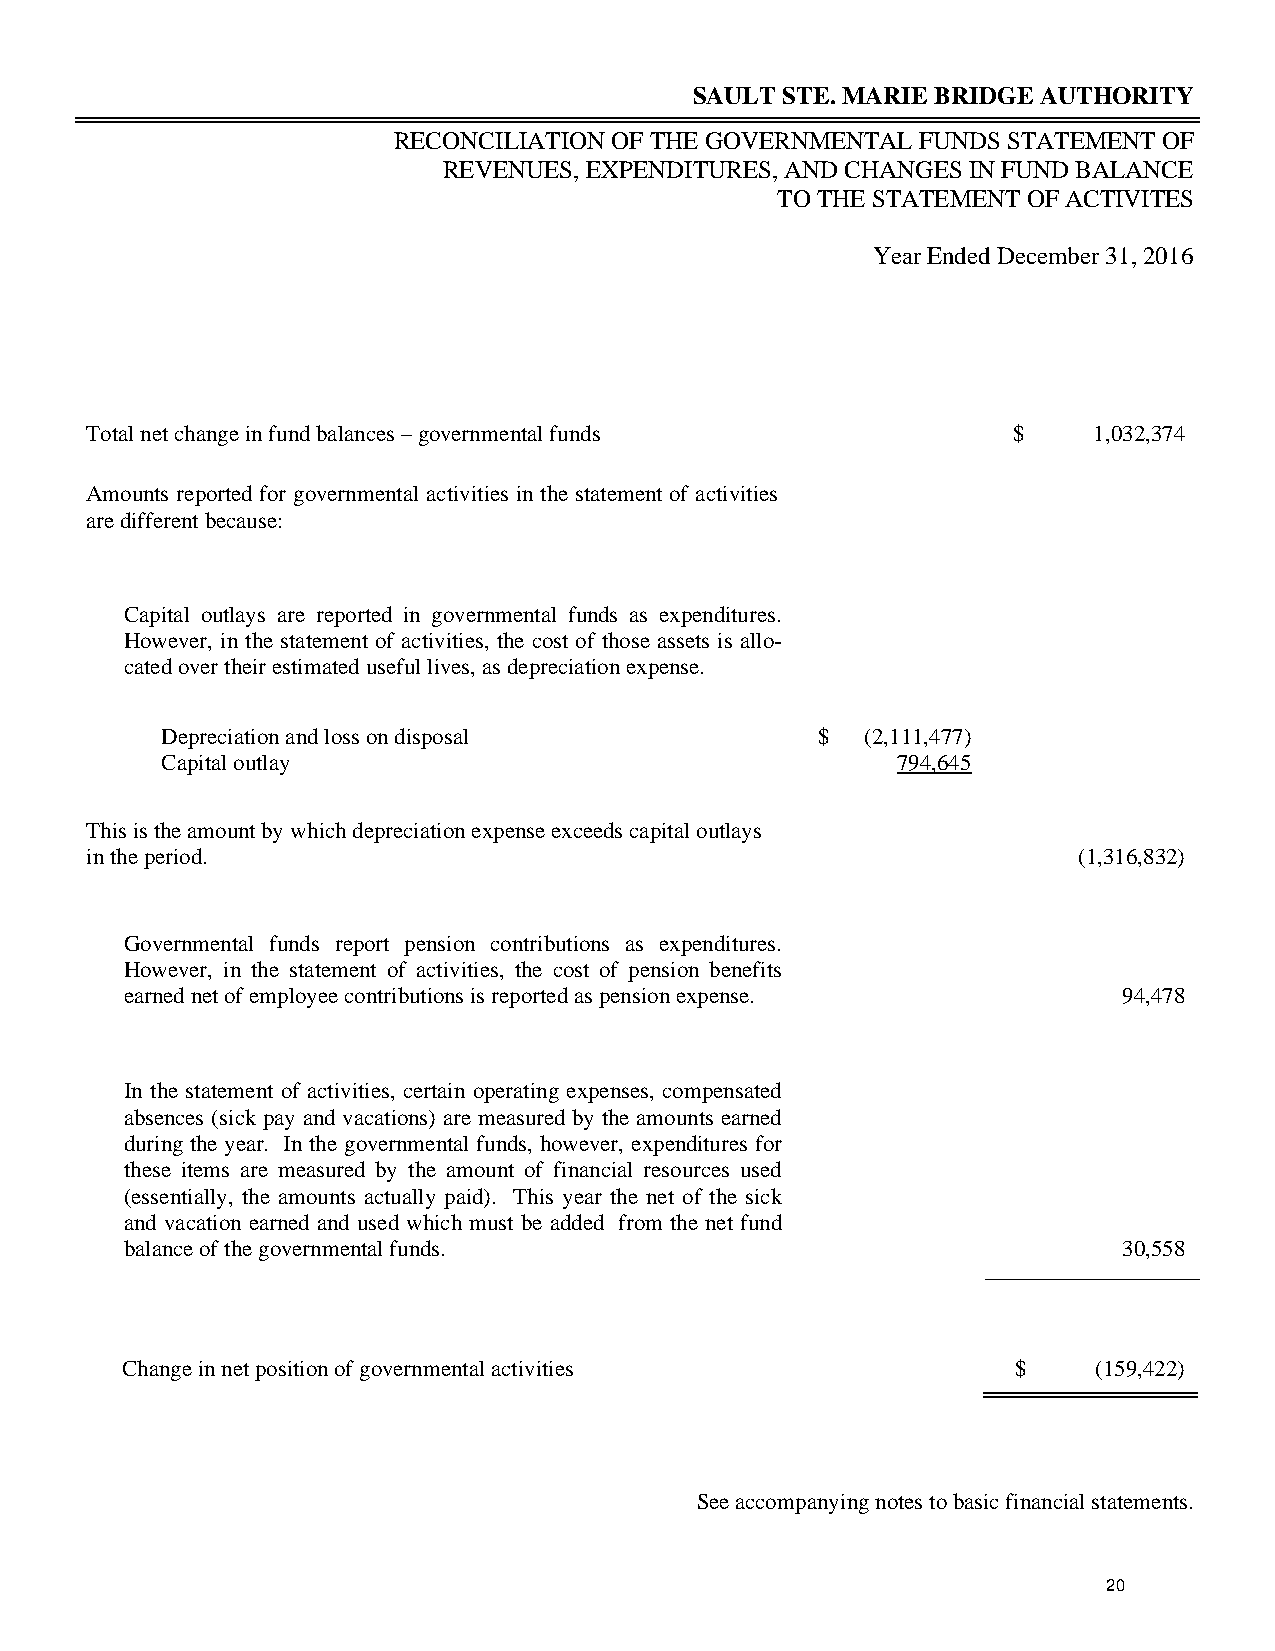
SAULT STE. MARIE BRIDGE AUTHORITY
 RECONCILIATION OF THE GOVERNMENTAL FUNDS STATEMENT OF
 REVENUES, EXPENDITURES, AND CHANGES IN FUND BALANCE
 TO THE STATEMENT OF ACTIVITES
 Year Ended December 31, 2016
 Total net change in fund balances – governmental funds       $    1,032,374
 Amounts reported for governmental activities in the statement of activities
 are different because:
 Capital outlays are reported in governmental funds as expenditures.
 However, in the statement of activities, the cost of those assets is allo-
 cated over their estimated useful lives, as depreciation expense.
 Depreciation and loss on disposal          $  (2,111,477)
 Capital outlay                                  794,645
 This is the amount by which depreciation expense exceeds capital outlays
 in the period.                                                   (1,316,832)
 Governmental funds report pension contributions as expenditures.
 However, in the statement of activities, the cost of pension benefits
 earned net of employee contributions is reported as pension expense. 94,478
 In the statement of activities, certain operating expenses, compensated
 absences (sick pay and vacations) are measured by the amounts earned
 during the year. In the governmental funds, however, expenditures for
 these items are measured by the amount of financial resources used
 (essentially, the amounts actually paid). This year the net of the sick
 and vacation earned and used which must be added from the net fund
 balance of the governmental funds.                                30,558
 Change in net position of governmental activities          $     (159,422)
 See accompanying notes to basic financial statements.
 20